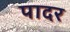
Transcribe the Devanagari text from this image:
पादर